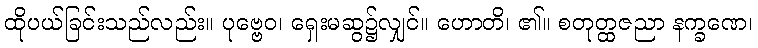
ထိုပယ်ခြင်းသည်လည်း။ ပုဗ္ဗေဝ၊ ရှေးမဆွ၌လျှင်။ ဟောတိ၊ ၏။ စတုတ္ထဇညာ နက္ခဏေ၊